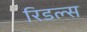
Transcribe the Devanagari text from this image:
रिडल्स